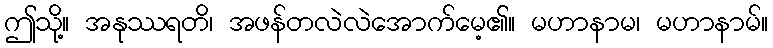
ဤသို့။ အနုဿရတိ၊ အဖန်တလဲလဲအောက်မေ့၏။ မဟာနာမ၊ မဟာနာမ်။